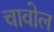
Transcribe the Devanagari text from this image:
चावोल